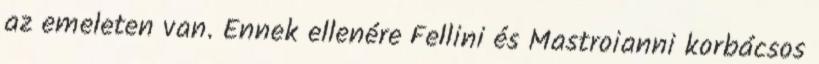
az emeleten van. Ennek ellenére Fellini és Mastroianni korbácsos